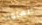
العلوية